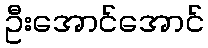
ဦးအောင်အောင်